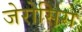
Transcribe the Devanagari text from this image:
जेरोसिस